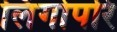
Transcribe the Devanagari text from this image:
लिंगोपरि